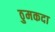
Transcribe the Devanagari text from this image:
ठुमकदा